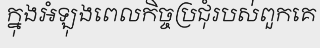
ក្នុងអំឡុងពេលកិច្ចប្រជុំរបស់ពួកគេ